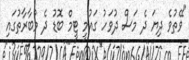
"ވޭތުވެ ދިޔަ ދެ މަސް ދުވަހު ގައުމީ ޓީމް ބޮޑު ދެ މުބާރާތުގައި